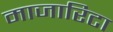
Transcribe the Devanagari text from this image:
माजारिटा